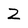
Character: Z